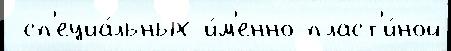
 сп'ециа́льных и́м'енно пласт'и́ной